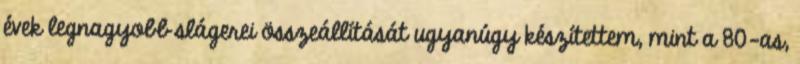
évek legnagyobb slágerei összeállítását ugyanúgy készítettem, mint a 80-as,